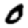
Digit: 0